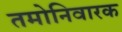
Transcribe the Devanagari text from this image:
तमोनिवारक